Elephants and their diseases
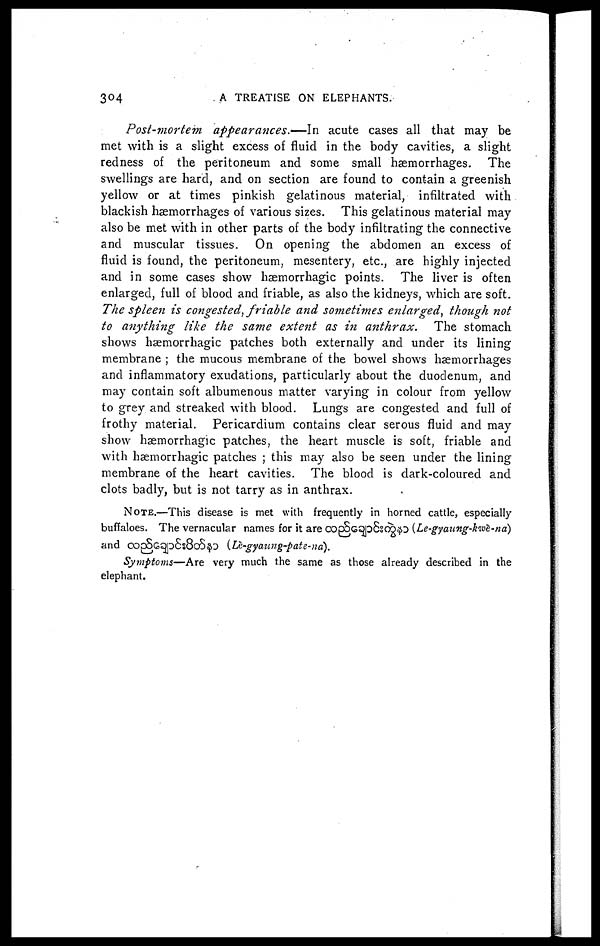
304
A TREATISE ON ELEPHANTS.
Post-mortem
appearances.—In
acute cases all that may be
met with is a slight excess of fluid in the body cavities, a slight
redness of the peritoneum and some small haemorrhages. The
swellings are hard, and on section are found to contain a greenish
yellow or at times pinkish gelatinous material, infiltrated with
blackish haemorrhages of various sizes. This gelatinous material may
also be met with in other parts of the body infiltrating the connective
and muscular tissues. On opening the abdomen an excess of
fluid is found, the peritoneum, mesentery, etc., are highly injected
and in some cases show hæmorrhagic points. The liver is often
enlarged, full of blood and friable, as also the kidneys, which are soft.
The spleen is congested, friable and sometimes enlarged, though not
to anything like the same extent as in anthrax.
The stomach
shows hæmorrhagic patches both externally and under its lining
membrane ; the mucous membrane of the bowel shows haemorrhages
and inflammatory exudations, particularly about the duodenum, and
may contain soft albumenous matter varying in colour from yellow
to grey and streaked with blood. Lungs are congested and full of
frothy material. Pericardium contains clear serous fluid and may
show hæmorrhagic patches, the heart muscle is soft, friable and
with hæmorrhagic patches ; this may also be seen under the lining
membrane of the heart cavities. The blood is dark-coloured and
clots badly, but is not tarry as in anthrax.
NOTE.—This disease is met with frequently in horned cattle, especially
buffaloes. The vernacular names for it are
(Le-gyaung-kwè-na)
and
(Lè-gyaung-pate-na).
Symptoms—Are very much the same as those already described in the
elephant.